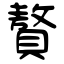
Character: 贅